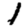
Digit: 1